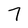
Character: 7